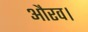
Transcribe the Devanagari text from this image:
औरव।